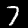
Label: 7